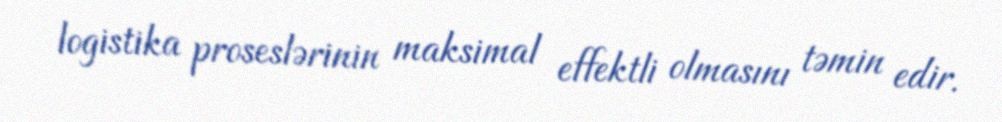
logistika proseslərinin maksimal effektli olmasını təmin edir.